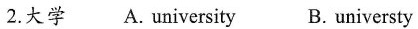
2.大学 A.university B.universty